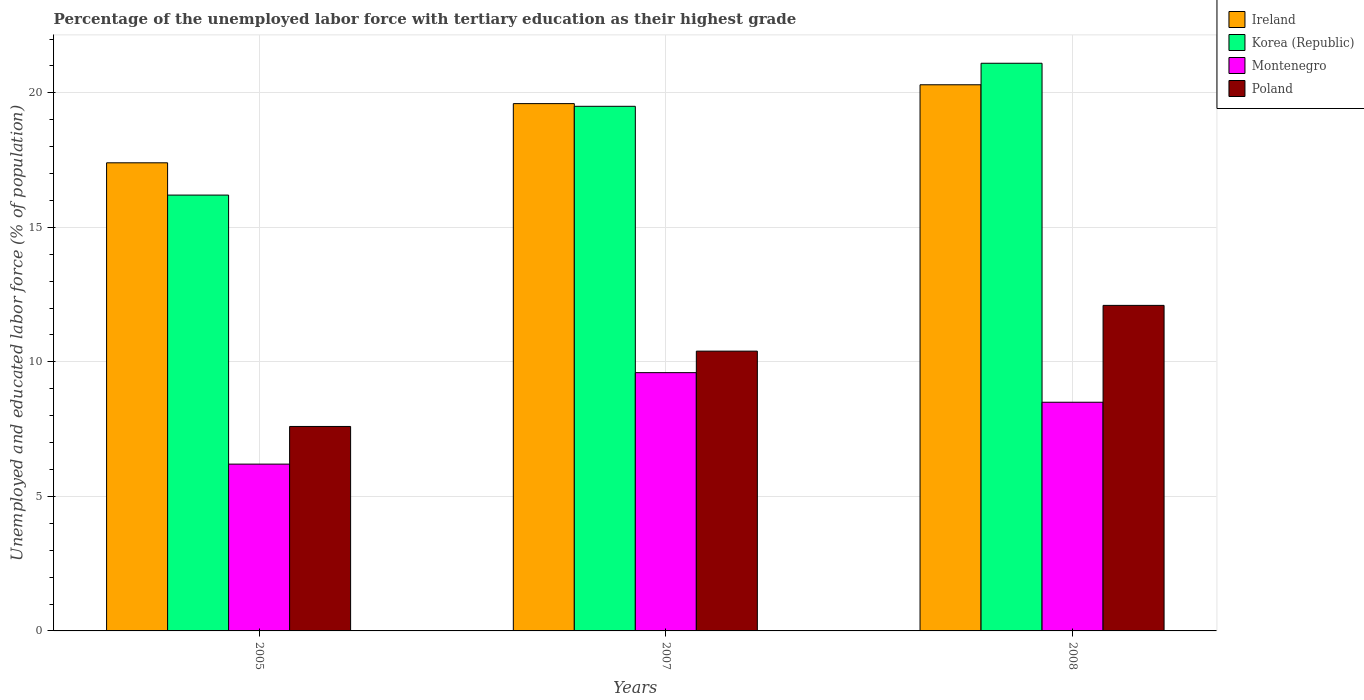
| Years | Ireland | Korea (Republic) | Montenegro | Poland |
 | --- | --- | --- | --- | --- |
 | 2005 | 17.4 | 16.2 | 6.2 | 7.6 |
 | 2007 | 19.6 | 19.5 | 9.6 | 10.4 |
 | 2008 | 20.3 | 21.1 | 8.5 | 12.1 |